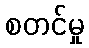
စတင်မှု